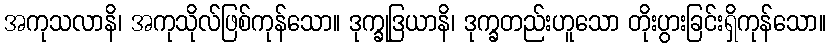
အကုသလာနိ၊ အကုသိုလ်ဖြစ်ကုန်သော။ ဒုက္ခုဒြယာနိ၊ ဒုက္ခတည်းဟူသော တိုးပွားခြင်းရှိကုန်သော။